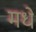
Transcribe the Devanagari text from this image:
मधे